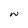
Character: W